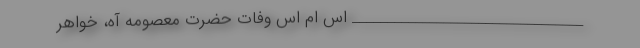
_________________________________ اس ام اس وفات حضرت معصومه آه، خواهر